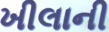
ખીલાની